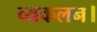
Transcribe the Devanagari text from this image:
व्यकलन।